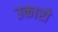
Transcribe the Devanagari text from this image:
उकारो